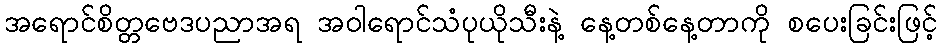
အရောင်စိတ္တဗေဒပညာအရ အဝါရောင်သံပုယိုသီးနဲ့ နေ့တစ်နေ့တာကို စပေးခြင်းဖြင့်